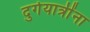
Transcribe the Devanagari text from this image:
दुर्गयात्रींना